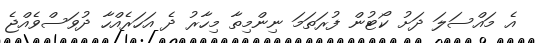
އެ މައްސަލަ ދަށު ކޯޓުން ފުރަތަމަ ނިންމިތާ މިހާރު ދެ އަހަރެއްހާ ދުވަސްވެއްޖެ